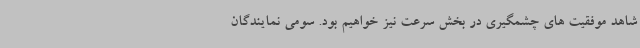
شاهد موفقیت های چشمگیری در بخش سرعت نیز خواهیم بود. سومی نمایندگان